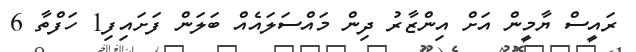
ރައީސް ޔާމީން އަށް އިންޒާރު ދިން މައްސަލައެއް ބަލަން ފަށައިފި1 ހަފްތާ 6